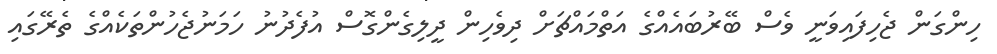
ހިންގަން ޖެހިފައިވަނީ ވެސް ބޭރުބައެއްގެ އަތްމައްޗަށް ދިވެހިން ދީލިގެންގޮސް އުފެދުނު ހަމަނުޖެހުންތަކެއްގެ ތެރޭގައި